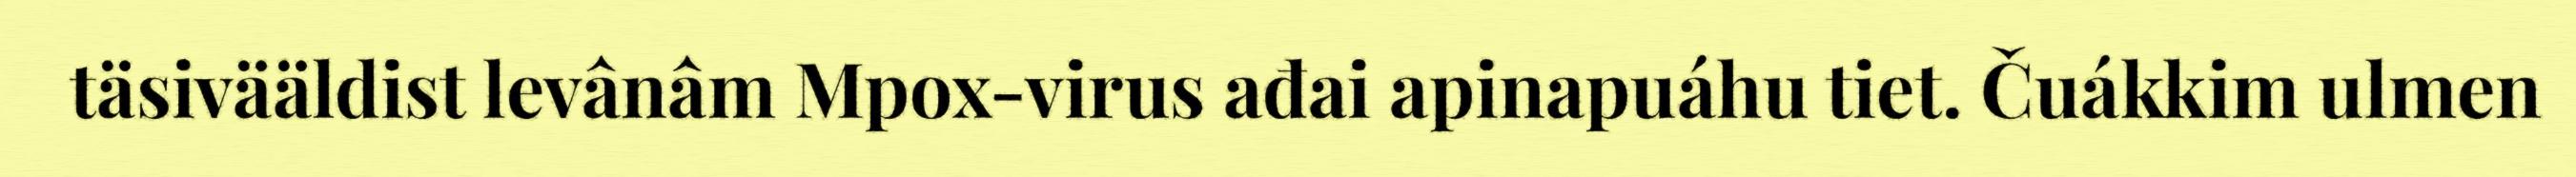
täsivääldist levânâm Mpox-virus ađai apinapuáhu tiet. Čuákkim ulmen